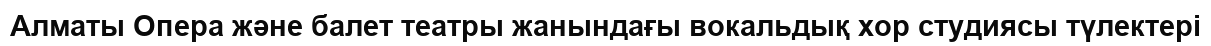
Алматы Опера және балет театры жанындағы вокальдық хор студиясы түлектері